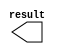
module con_x_point (
	result);

	output	[10:0]  result;

endmodule